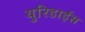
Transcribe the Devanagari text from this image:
युरिडाईस